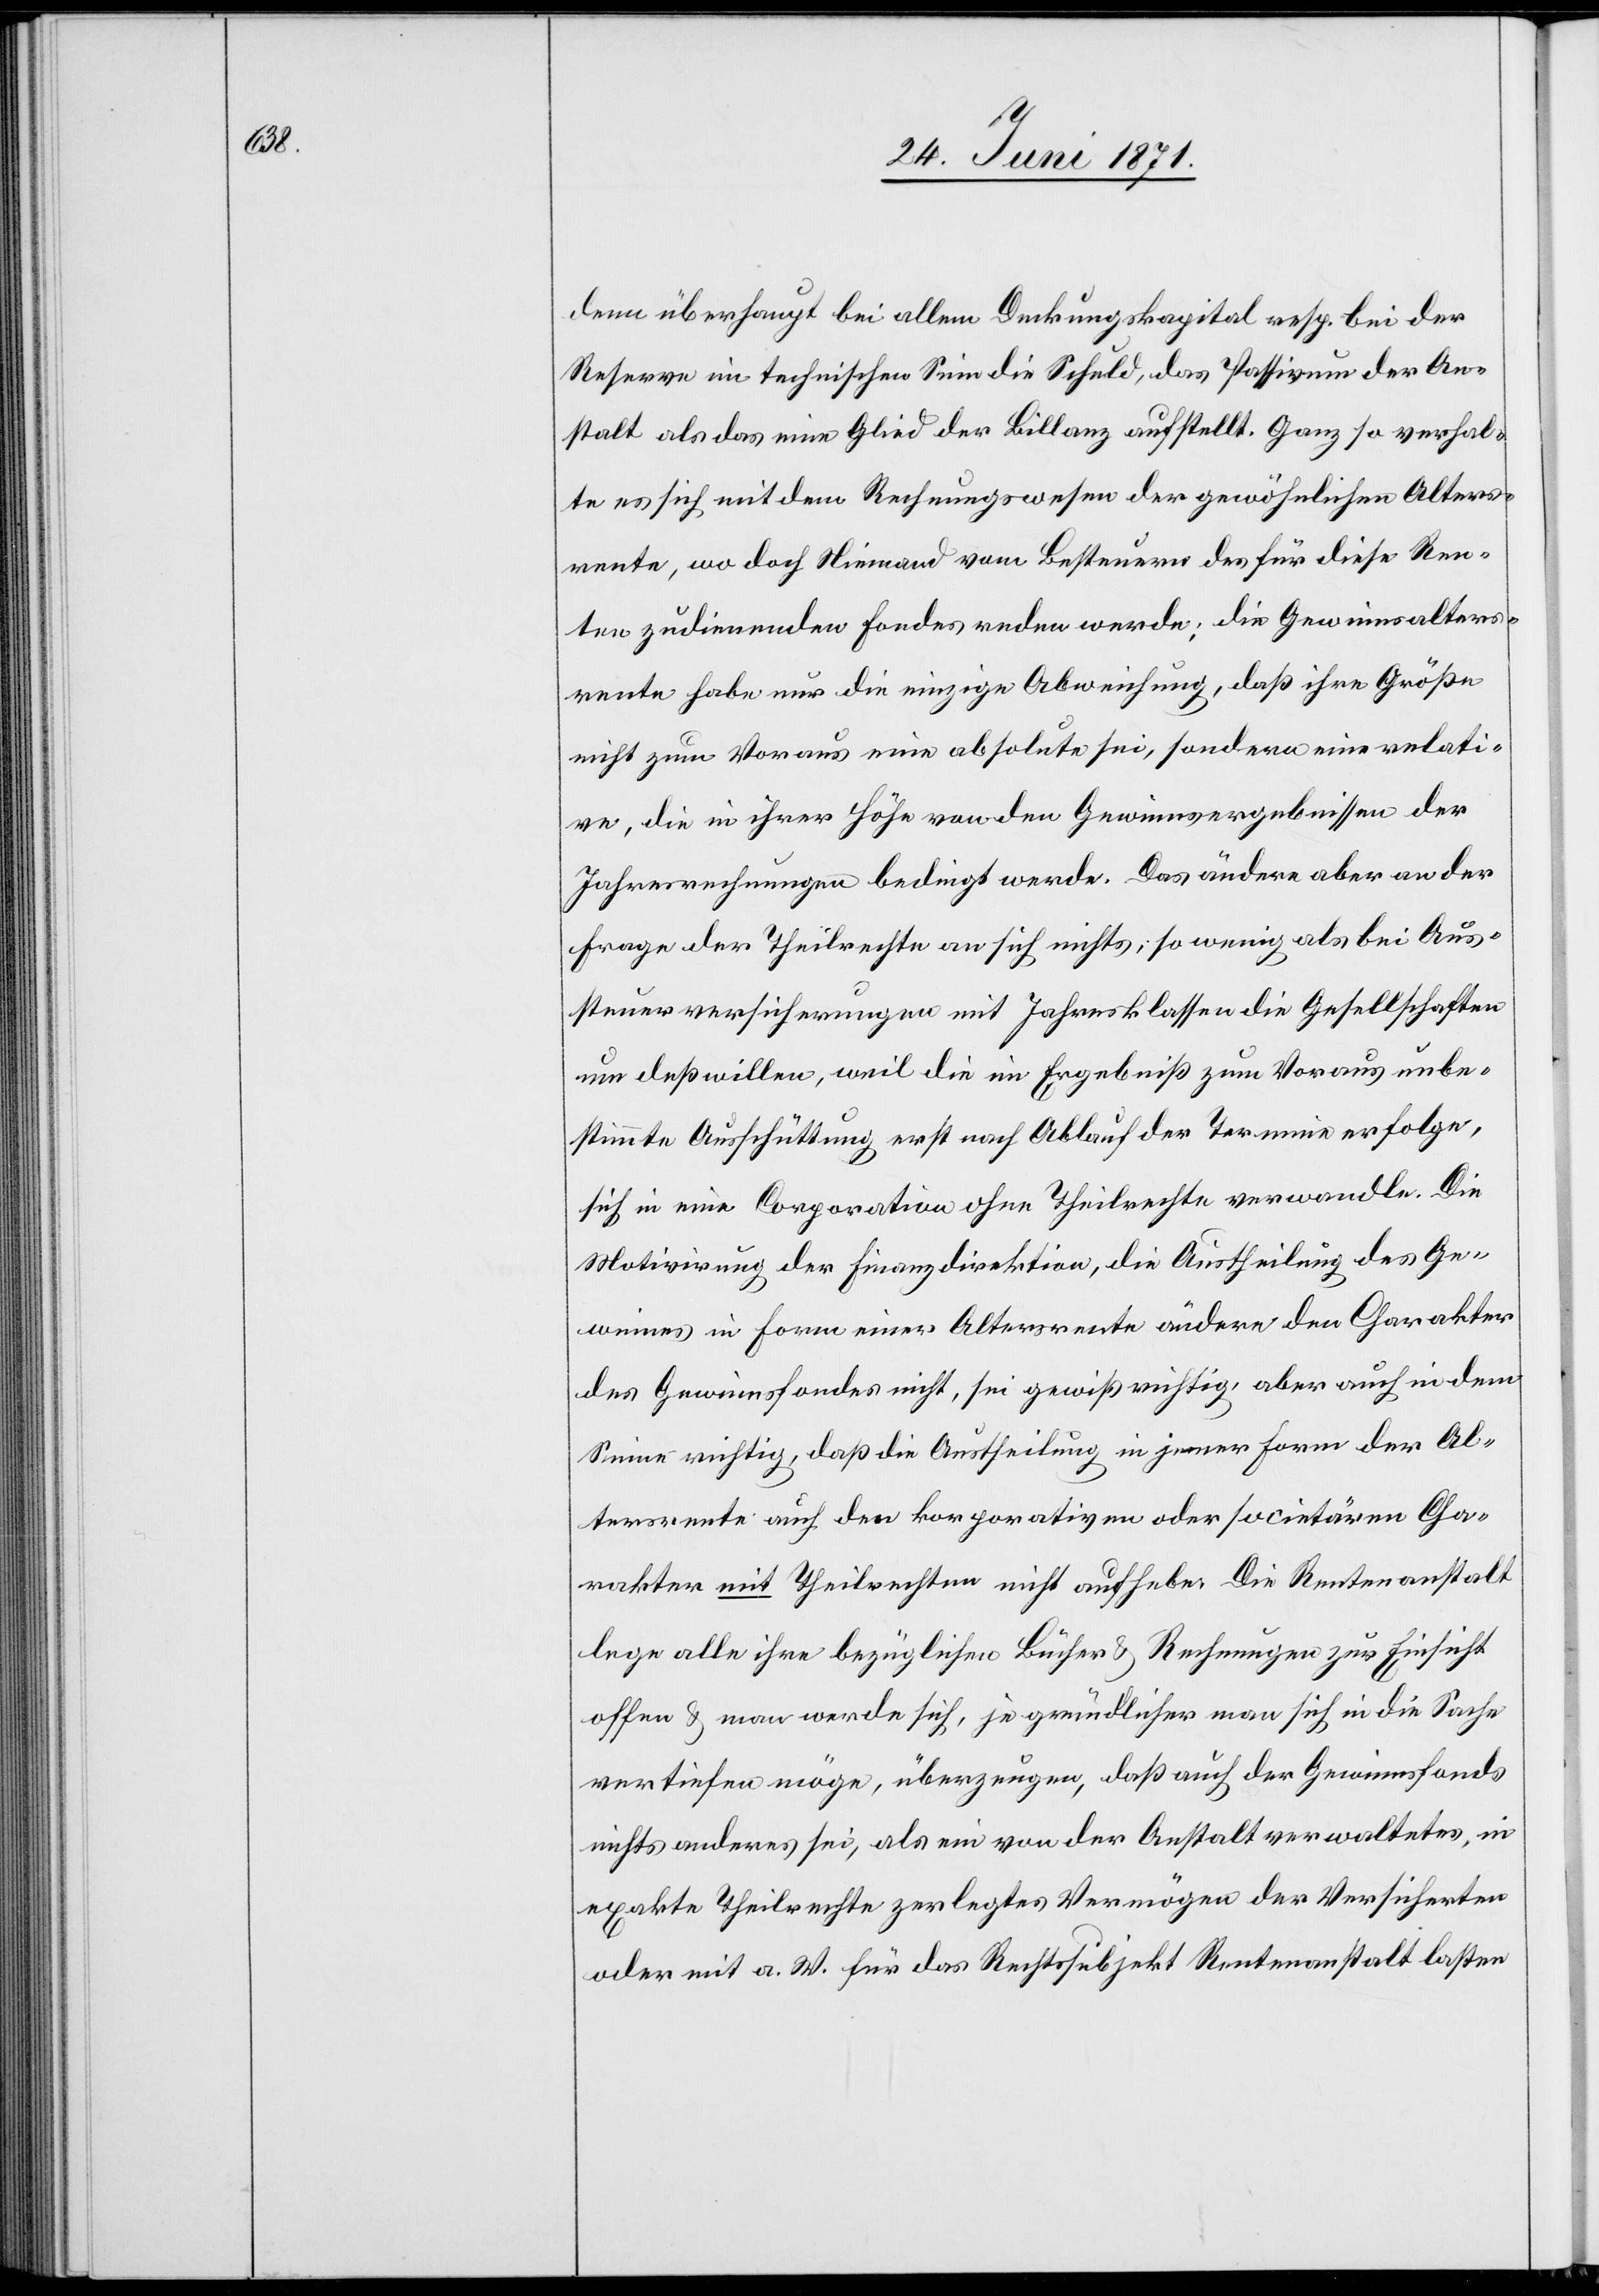
dem überhaupt bei allem Deckungskapital resp. bei der
Reserve in technischen Sinn die Schuld, das Passivum der An¬
stalt als das eine Glied der Bilanz aufstellt. Ganz so verhal¬
te es sich mit dem Rechnungswesen der gewöhnlichen Alters¬
rente, wo doch Niemand vom Besteuern des für diese Ren¬
ten zudienenden Fonds reden werde; die Gewinnsalters¬
rente habe nur die einzige Abweichung, daß ihre Größe
nicht zum Voraus eine absolute sei, sondern eine relati¬
ve, die in ihrer Höhe von den Gewinnsergebnissen der
Jahresrechnungen bedingt werde. Das ändere aber an der
Frage der Theilrechte an sich nichts, so wenig als bei Aus¬
steuerversicherungen mit Jahresklassen die Gesellschaften
um deßwillen, weil die im Ergebniß zum Voraus unbe¬
stimmte Ausschüttung erst nach Ablauf der Termine erfolge,
sich in eine Corporation ohne Theilrechte verwandle. Die
Motivirung der Finanzdirektion, die Austheilung des Ge¬
winnes in Form einer Altersrente ändern den Charakter
des Gewinnsfondes nicht, sei gewiß richtig, aber auch in dem
Sinne richtig, daß die Austheilung in jener Form der Al¬
tersrente auf den korporativen oder societären Cha¬
rakter mit Theilrechten nicht aufhebe. Die Rentenanstalt
lege alle ihre bezüglichen Bücher u. Rechnungen zur Einsicht
offen u. man werde sich, je gründlicher man sich in die Sache
vertiefen möge, überzeugen, daß auch der Gewinnsfonds
nichts anderes sei, als ein von der Anstalt verwaltetes, in
exakte Theilrechte zerlegtes Vermögen der Versicherten
oder mit a. W. für das Rechtssubjekt Rentenanstalt lasten